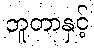
ဘူတာနှင့်